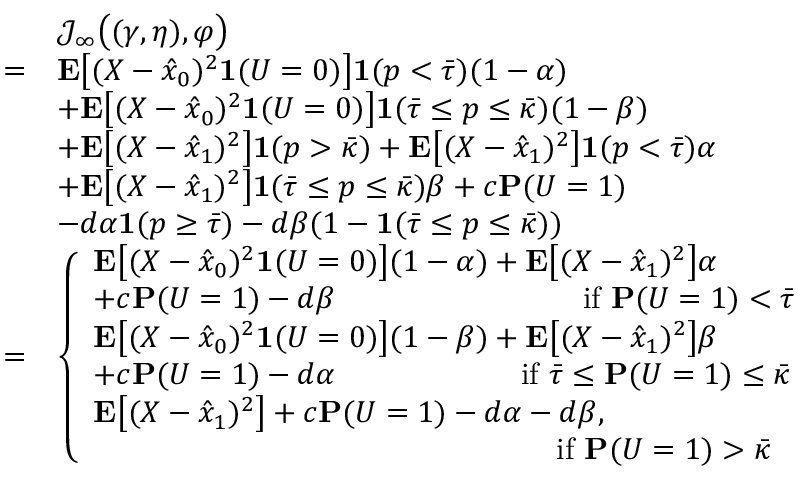
\begin{array} { r l } & { \mathcal { J } _ { \infty } \big ( ( \gamma , \eta ) , \varphi \big ) } \\ { = } & { \mathbf { E } \big [ ( X - \hat { x } _ { 0 } ) ^ { 2 } \mathbf { 1 } ( U = 0 ) \big ] \mathbf { 1 } ( p < \bar { \tau } ) ( 1 - \alpha ) } \\ & { + \mathbf { E } \big [ ( X - \hat { x } _ { 0 } ) ^ { 2 } \mathbf { 1 } ( U = 0 ) \big ] \mathbf { 1 } ( \bar { \tau } \le p \le \bar { \kappa } ) ( 1 - \beta ) } \\ & { + \mathbf { E } \big [ ( X - \hat { x } _ { 1 } ) ^ { 2 } \big ] \mathbf { 1 } ( p > \bar { \kappa } ) + \mathbf { E } \big [ ( X - \hat { x } _ { 1 } ) ^ { 2 } \big ] \mathbf { 1 } ( p < \bar { \tau } ) \alpha } \\ & { + \mathbf { E } \big [ ( X - \hat { x } _ { 1 } ) ^ { 2 } \big ] \mathbf { 1 } ( \bar { \tau } \le p \le \bar { \kappa } ) \beta + c \mathbf { P } ( U = 1 ) } \\ & { - d \alpha \mathbf { 1 } ( p \ge \bar { \tau } ) - d \beta ( 1 - \mathbf { 1 } ( \bar { \tau } \le p \le \bar { \kappa } ) ) } \\ { = } & { \left\{ \begin{array} { l l } { \mathbf { E } \big [ ( X - \hat { x } _ { 0 } ) ^ { 2 } \mathbf { 1 } ( U = 0 ) \big ] ( 1 - \alpha ) + \mathbf { E } \big [ ( X - \hat { x } _ { 1 } ) ^ { 2 } \big ] \alpha } \\ { + c \mathbf { P } ( U = 1 ) - d \beta \qquad \qquad \qquad \qquad \mathrm { i f ~ } \mathbf { P } ( U = 1 ) < \bar { \tau } } \\ { \mathbf { E } \big [ ( X - \hat { x } _ { 0 } ) ^ { 2 } \mathbf { 1 } ( U = 0 ) \big ] ( 1 - \beta ) + \mathbf { E } \big [ ( X - \hat { x } _ { 1 } ) ^ { 2 } \big ] \beta } \\ { + c \mathbf { P } ( U = 1 ) - d \alpha \qquad \qquad \qquad \mathrm { i f ~ } \bar { \tau } \le \mathbf { P } ( U = 1 ) \le \bar { \kappa } } \\ { \mathbf { E } \big [ ( X - \hat { x } _ { 1 } ) ^ { 2 } \big ] + c \mathbf { P } ( U = 1 ) - d \alpha - d \beta , } \\ { \qquad \qquad \qquad \qquad \qquad \qquad \qquad \quad \mathrm { i f ~ } \mathbf { P } ( U = 1 ) > \bar { \kappa } } \end{array} \right. } \end{array}